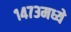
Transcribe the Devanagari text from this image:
१४७३मध्ये